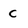
Character: c